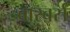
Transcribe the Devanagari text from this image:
बारबर्स